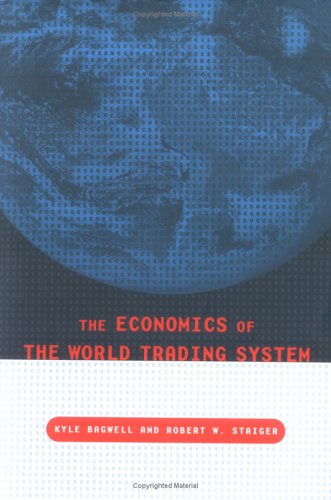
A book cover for The  Economics of the World Trading System; Kyle Bagwell; Law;